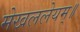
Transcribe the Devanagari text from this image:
मेखललेयम्॥